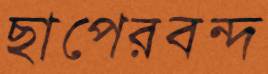
ছাপেরবন্দ